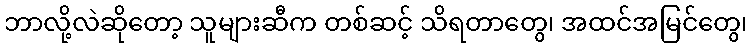
ဘာလို့လဲဆိုတော့ သူများဆီက တစ်ဆင့် သိရတာတွေ၊ အထင်အမြင်တွေ၊